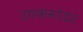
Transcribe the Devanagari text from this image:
उपकमांडर